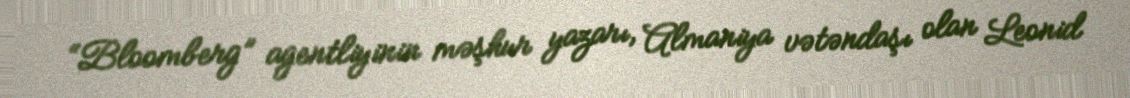
“Bloomberg” agentliyinin məşhur yazarı, Almaniya vətəndaşı olan Leonid